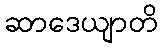
ဆာဒေယျာတိ